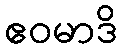
ဧဝမာဒိ